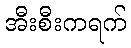
အီးစီးကရက်